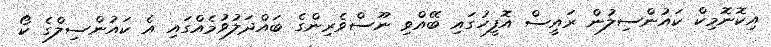
އިކޮނޮމިކް ކައުންސިލުން ރައީސް އޮފީހުގައި ބޭއްވި ނޫސްވެރިންގެ ބައްދަލުވުމެއްގައި އެ ކައުންސިލްގެ ކޯ